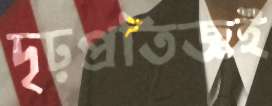
দৃঢ়প্রতিজ্ঞই